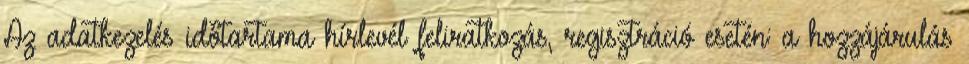
Az adatkezelés időtartama hírlevél feliratkozás, regisztráció esetén: a hozzájárulás